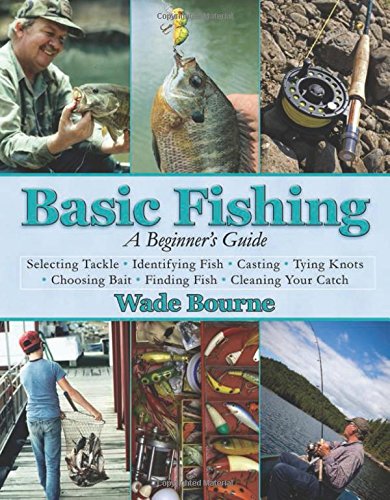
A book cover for Basic Fishing: A Beginner's Guide; Wade Bourne; Sports & Outdoors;